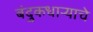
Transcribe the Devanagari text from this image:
बंदुकधाऱ्याचे